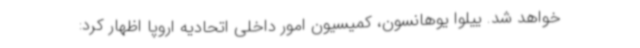
خواهد شد. ییلوا یوهانسون، کمیسیون امور داخلی اتحادیه اروپا اظهار کرد: